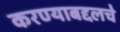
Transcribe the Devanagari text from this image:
करण्याबद्दलचे